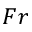
F r